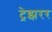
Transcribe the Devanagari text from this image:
ट्रेझरर